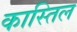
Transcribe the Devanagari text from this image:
कास्तिल